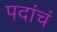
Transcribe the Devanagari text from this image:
पदांचं